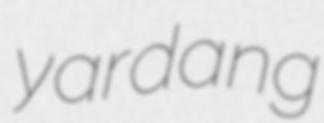
yardang